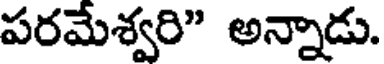
పరమేశ్వరి" అన్నాడు.